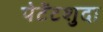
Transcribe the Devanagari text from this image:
पेटेंटशुदा